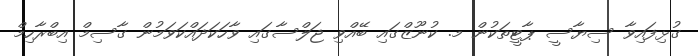
ގުޅިފައިވާ ސިޔާސީ ޕާޓީތަކުން މ. ކުނޫޒްގައި ބޭއްވި ޖަލްސާގައި ވާހަކަދައްކަވަމުން ގާސިމް އިބްރާހިމް